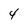
Character: 4